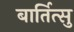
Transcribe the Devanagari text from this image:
बार्तित्सु